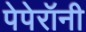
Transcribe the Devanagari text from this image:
पेपेरॉनी